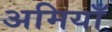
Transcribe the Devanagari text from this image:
अमियाँ